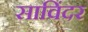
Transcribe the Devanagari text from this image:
साविंदर